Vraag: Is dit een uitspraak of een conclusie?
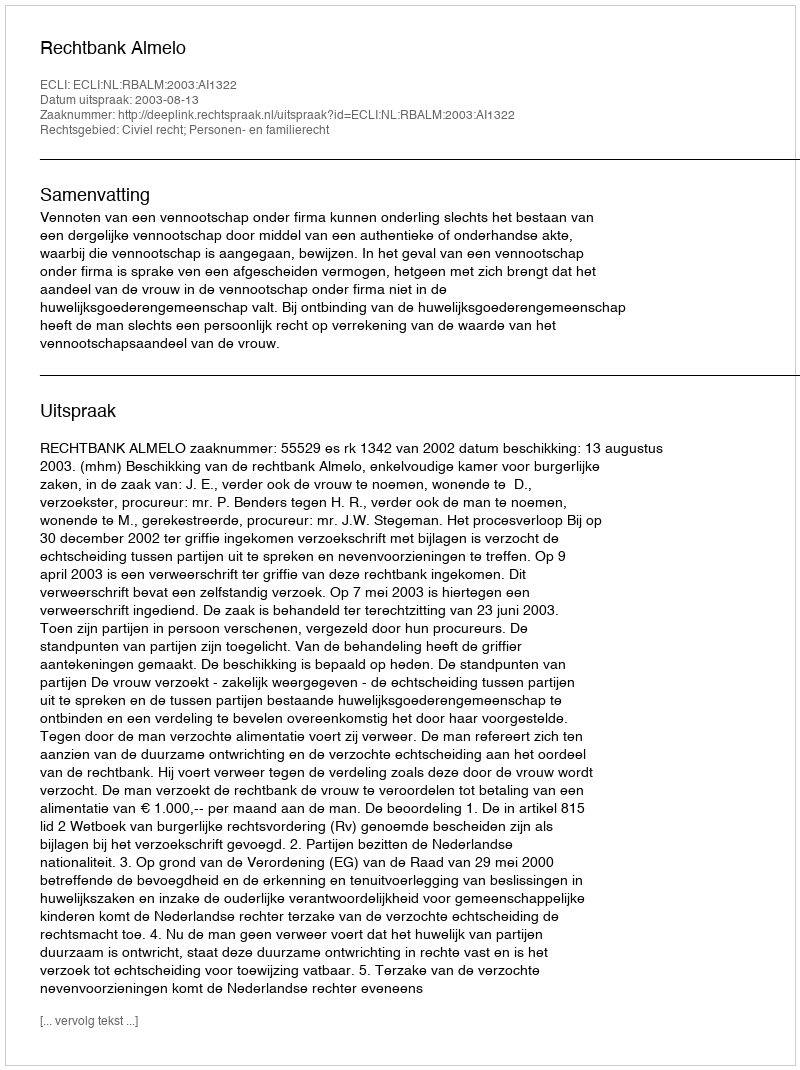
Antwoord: Uitspraak